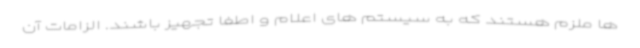
ها ملزم هستند که به سیستم های اعلام و اطفا تجهیز باشند. الزامات آن